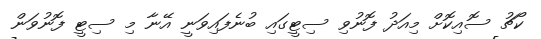
ކޯޗު ސޮއިކޮށް މިއަދު ފޮނުވި ސިޓީގައި ބުނެފައިވަނީ އޭނާ މި ސިޓީ ފޮނުވަން